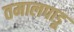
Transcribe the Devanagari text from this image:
तमालपाडू